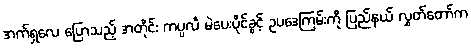
အက်ရှလေ ပြောသည့် အတိုင်း ကပ္ပလီ မဲပေးပိုင်ခွင့် ဥပဒေကြမ်းကို ပြည်နယ် လွှတ်တော်က